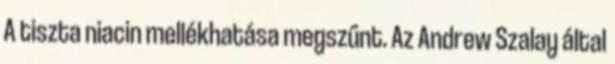
A tiszta niacin mellékhatása megszűnt. Az Andrew Szalay által